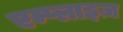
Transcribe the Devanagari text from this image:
एम्प्लाइज़